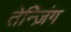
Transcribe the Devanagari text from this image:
तेन्ज़िंग